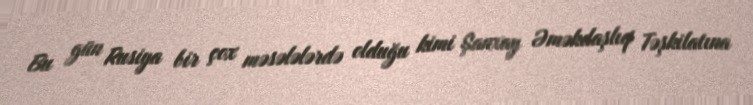
Bu gün Rusiya bir çox məsələlərdə olduğu kimi Şanxay Əməkdaşlıq Təşkilatına